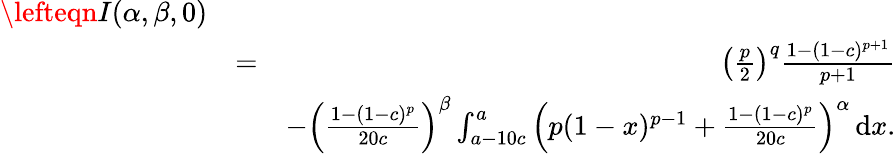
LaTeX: \begin{array}{rlr}{\lefteqn{I(\alpha,\beta,0)}}\\ &{=}&{\left(\frac{p}{2}\right)^{q}\frac{1-(1-c)^{p+1}}{p+1}}\\ &{}&{-\left(\frac{1-(1-c)^{p}}{20c}\right)^{\beta}\int_{a-10c}^{a}\left(p(1-x)^{p-1}+\frac{1-(1-c)^{p}}{20c}\right)^{\alpha}\, \mathrm{d}x.}\end{array}